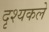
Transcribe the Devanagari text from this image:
दृश्यकले